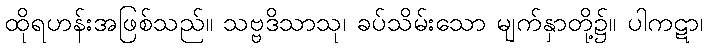
ထိုရဟန်းအဖြစ်သည်။ သဗ္ဗဒိသာသု၊ ခပ်သိမ်းသော မျက်နှာတို့၌။ ပါကဋာ၊